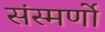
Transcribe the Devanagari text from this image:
संस्मर्णो